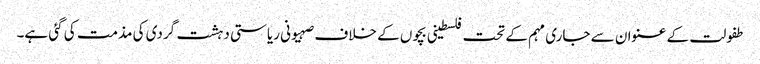
طفولت کے عنوان سے جاری مہم کے تحت فلسطینی بچوں کے خلاف صہیونی ریاستی دہشت گردی کی مذمت کی گئی ہے۔